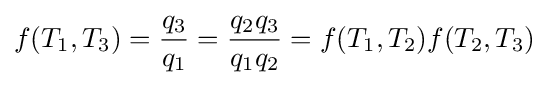
f(T_{1},T_{3})={\frac {q_{3}}{q_{1}}}={\frac {q_{2}q_{3}}{q_{1}q_{2}}}=f(T_{1},T_{2})f(T_{2},T_{3})